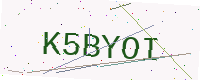
Text: K5BYOI